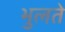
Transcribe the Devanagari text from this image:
भुलते